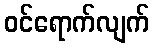
ဝင်ရောက်လျက်